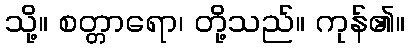
သို့။ စတ္တာရော၊ တို့သည်။ ကုန်၏။